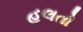
હલતો